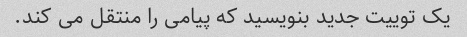
یک توییت جدید بنویسید که پیامی را منتقل می کند.